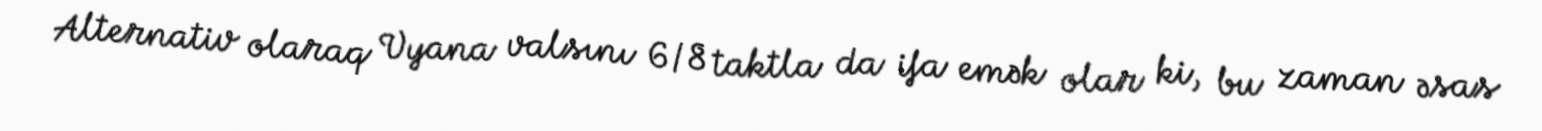
Alternativ olaraq Vyana valsını 6/8 taktla da ifa emək olar ki, bu zaman əsas